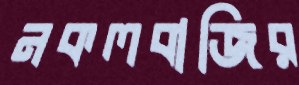
নকলবাজির